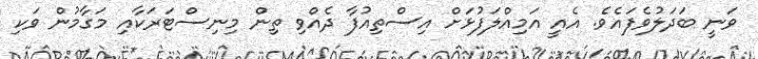
ވަނީ ބަދަލުވެފައެވެ. އެއީ އަމިއްލަފުޅަށް އިސްތިއުފާ ދެއްވި ތިން މިނިސްޓަރަކާއި މަގާމުން ވަކި